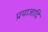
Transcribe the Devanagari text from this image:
प्रयाजादि